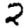
Digit: 2